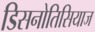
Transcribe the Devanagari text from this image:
डिसनोतिसियाज